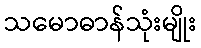
သမောဓာန်သုံးမျိုး